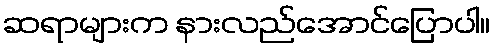
ဆရာများက နားလည်အောင်ပြောပါ။